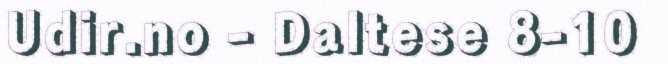
Udir.no - Daltese 8-10